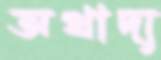
অখাদ্য